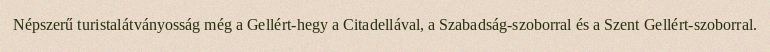
Népszerű turistalátványosság még a Gellért-hegy a Citadellával, a Szabadság-szoborral és a Szent Gellért-szoborral.